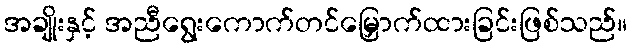
အချိုးနှင့် အညီရွေးကောက်တင်မြှောက်ထားခြင်းဖြစ်သည်။